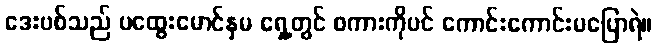
ဒေးဗစ်သည် ပထွေးမောင်နှမ ရှေ့တွင် စကားကိုပင် ကောင်းကောင်းမပြောရဲ။